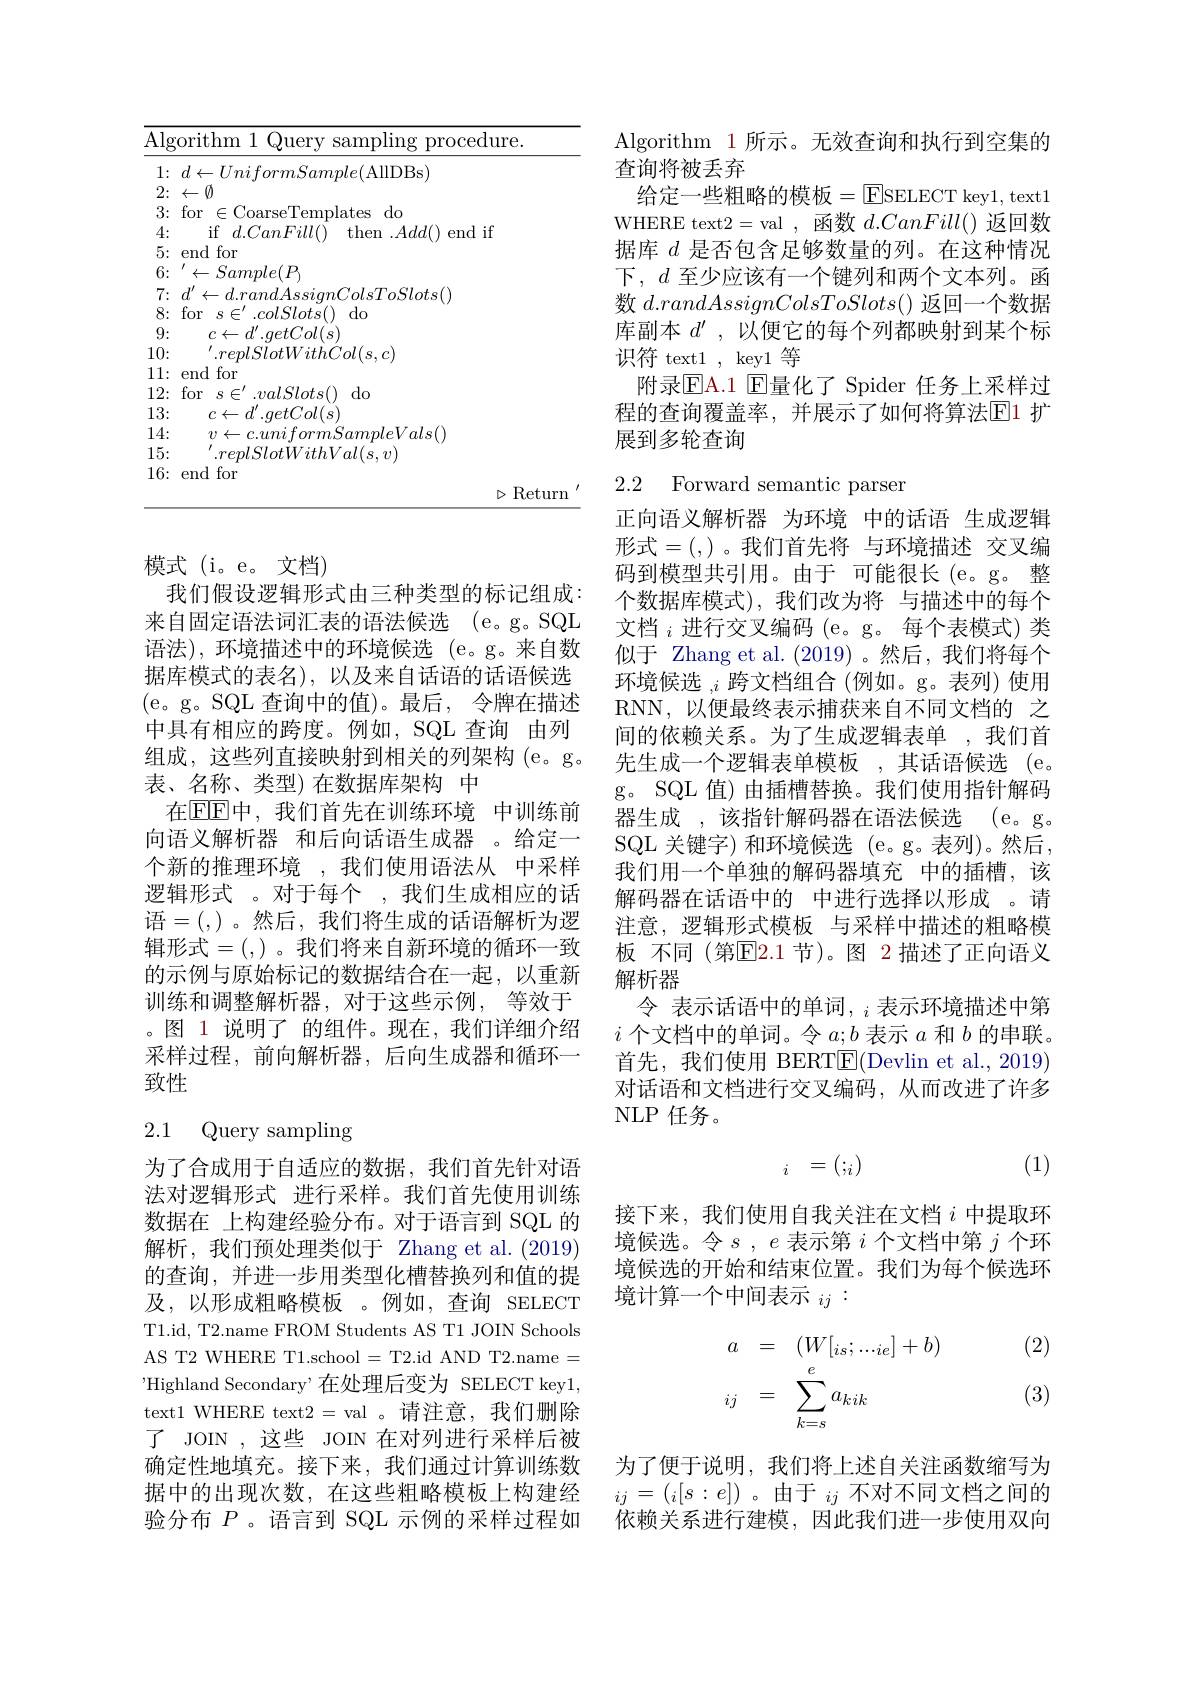
<table>
	<tbody>
		<tr>
			<td>$\overline{{\overline{{\mathrm{Alg}}}}}$</td>
			<td>orithm 1 Query sampling procedure.</td>
		</tr>
		<tr>
			<td>1: 2:</td>
			<td>$d\leftarrow UniformSample($AllDBs) </td>
		</tr>
		<tr>
			<td>3:</td>
			<td>for lates do $\mathcal{F}$</td>
		</tr>
		<tr>
			<td>4:</td>
			<td>if$d.CanFill($ then $Add($ end if</td>
		</tr>
		<tr>
			<td>8:</td>
			<td>for $.colSlots()$ $do$ S L</td>
		</tr>
		<tr>
			<td>9:</td>
			<td>$c\leftarrow d^{\prime}.getCol(s)$</td>
		</tr>
		<tr>
			<td>10:</td>
			<td>$lSlotWithCol(s,c)$</td>
		</tr>
		<tr>
			<td>11: 1 </td>
			<td>end lfor</td>
		</tr>
		<tr>
			<td>12:</td>
			<td>for $valSlots()$ $do$ S 二</td>
		</tr>
		<tr>
			<td>13:</td>
			<td>$\leftarrow d^{\prime}.getCol(s)$</td>
		</tr>
		<tr>
			<td>14:</td>
			<td>1.4 Sam $pleVals()$</td>
		</tr>
		<tr>
			<td>15: </td>
			<td>nlSlotWithV $I_{t}$ $al(s,v)$</td>
		</tr>
		<tr>
			<td>16:</td>
			<td>end for</td>
		</tr>
		<tr>
			<td> </td>
			<td>$\triangleright\mathop{\mathrm{Return}}$</td>
		</tr>
	</tbody>
</table>

模式 (i。e。文档)
我们假设逻辑形式由三种类型的标记组成： 来自固定语法词汇表的语法候选 (e。g。SQL 语法),环境描述中的环境候选 (e。g。来自数据库模式的表名),以及来自话语的话语候选(e。g。SQL 查询中的值)。最后，令牌在描述中具有相应的跨度。例如，SQL 查询 由列组成，这些列直接映射到相关的列架构(e。g。表、名称、类型)在数据库架构 中
在EEE中，我们首先在训练环境 中训练前向语义解析器 和后向话语生成器 。给定一个新的推理环境 ,我们使用语法从 中采样逻辑形式 。对于每个 ,我们生成相应的话语=(,)。然后，我们将生成的话语解析为逻辑形式=(,)。我们将来自新环境的循环一致的示例与原始标记的数据结合在一起，以重新训练和调整解析器，对于这些示例，等效于。图 1 说明了 的组件。现在，我们详细介绍采样过程，前向解析器，后向生成器和循环一致性

# 2.1 Query sampling

为了合成用于自适应的数据，我们首先针对语法对逻辑形式 进行采样。我们首先使用训练数据在 上构建经验分布。对于语言到 SQL 的解析，我们预处理类似于 Zhang et al.(2019) 的查询，并进一步用类型化槽替换列和值的提及，以形成粗略模板。例如，查询 SELECT T1.id, T2.name FROM Students AS T1 JOIN Schools AS T2 WHERE T1.school = T2.id AND T2.name = 'Highland Secondary’在处理后变为 SELECT key1, text1 WHERE text2 = val 。请注意，我们删除了 JOIN ,这些 JOIN 在对列进行采样后被确定性地填充。接下来，我们通过计算训练数据中的出现次数，在这些粗略模板上构建经验分布$P$ 。语言到 SQL 示例的采样过程如

Algorithm 1 所示。无效查询和执行到空集的
查询将被丢弃
给 定 一 些 粗 略 的 模 板 $= \boxed{\mathrm{E} }$SELECT key1, text1 WHERE text2=val,函数$d.CanFill()$返回数据库$d$是否包含足够数量的列。在这种情况下，$d$至少应该有一个键列和两个文本列。函数$d.randAssignColsToSlots()$返回一个数据库副本$d^{\prime}$,以便它的每个列都映射到某个标识符 text1 , key1 等
附录$\mathbb{E}$A.1 E量化了 Spider 任务上采样过程的查询覆盖率，并展示了如何将算法$\overline{\mathrm{E}}$1 扩展到多轮查询

## 2.2 Forward semantic parser

正向语义解析器 为环境 中的话语 生成逻辑形式=(,)。我们首先将 与环境描述 交叉编码到模型共引用。由于 可能很长(e。g。整个数据库模式),我们改为将 与描述中的每个文档$_{i}$进行交叉编码 (e。g。每个表模式) 类似于 Zhang et al. (2019)。然后，我们将每个环境候选$,i$跨文档组合(例如。g。表列)使用RNN,以便最终表示捕获来自不同文档的 之间的依赖关系。为了生成逻辑表单，我们首先生成一个逻辑表单模板 ,其话语候选 (e。g。SQL 值) 由插槽替换。我们使用指针解码器生成 ,该指针解码器在语法候选 (e。g。SQL 关键字)和环境候选 (e。g。表列)。然后， 我们用一个单独的解码器填充 中的插槽，该解码器在话语中的 中进行选择以形成 。请注意，逻辑形式模板 与采样中描述的粗略模板 不同 (第$\overline{\mathrm{E}}2.1$ 节)。图 2 描述了正向语义解析器
令 表示话语中的单词，$_i$表示环境描述中第$i$个文档中的单词。令$a;b$表示$a$和$b$的串联。首先，我们使用 BERTE(Devlin et al.,2019) 对话语和文档进行交叉编码，从而改进了许多NLP 任务。
$$\begin{matrix}i&=(;_i)\end{matrix}$$
(1)

接下来，我们使用自我关注在文档$i$中提取环境候选。令$s,e$表示第$i$个文档中第$j$个环境候选的开始和结束位置。我们为每个候选环境计算一个中间表示$_{ij}:$

(2)
$$\begin{array}{rcl}a&=&(W[_{is};..._{ie}]+b)\\{}_{ij}&=&\sum_{k=s}^ea_{kik}\end{array}$$
(3)

为了便于说明，我们将上述自关注函数缩写为$_{ij}=\left(_i[s:e]\right)。由于_{ij}$不对不同文档之间的依赖关系进行建模，因此我们进一步使用双向